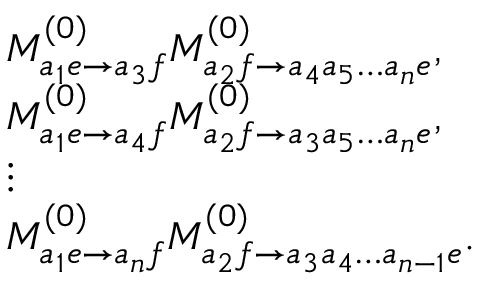
\begin{array} { r l } & { M _ { a _ { 1 } e \to a _ { 3 } f } ^ { ( 0 ) } M _ { a _ { 2 } f \to a _ { 4 } a _ { 5 } \dots a _ { n } e } ^ { ( 0 ) } , } \\ & { M _ { a _ { 1 } e \to a _ { 4 } f } ^ { ( 0 ) } M _ { a _ { 2 } f \to a _ { 3 } a _ { 5 } \dots a _ { n } e } ^ { ( 0 ) } , } \\ & { \vdots } \\ & { M _ { a _ { 1 } e \to a _ { n } f } ^ { ( 0 ) } M _ { a _ { 2 } f \to a _ { 3 } a _ { 4 } \dots a _ { n - 1 } e } ^ { ( 0 ) } . } \end{array}